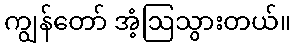
ကျွန်တော် အံ့ဩသွားတယ်။